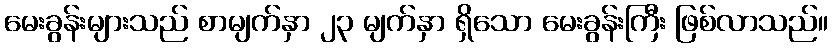
မေးခွန်းများသည် စာမျက်နှာ ၂၃ မျက်နှာ ရှိသော မေးခွန်းကြီး ဖြစ်လာသည်။